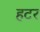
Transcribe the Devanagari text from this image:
हटर